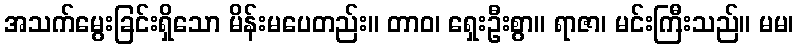
အသက်မွေးခြင်းရှိသော မိန်းမပေတည်း။ တာဝ၊ ရှေးဦးစွာ။ ရာဇာ၊ မင်းကြီးသည်။ မမ၊